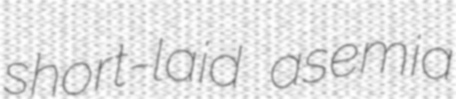
short-laid asemia